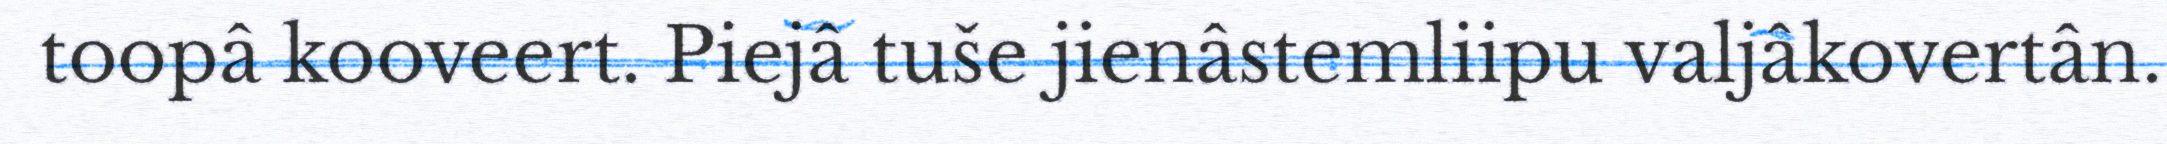
toopâ kooveert. Piejâ tuše jienâstemliipu valjâkovertân.